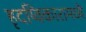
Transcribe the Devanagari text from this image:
हृदय्विकारामध्ये